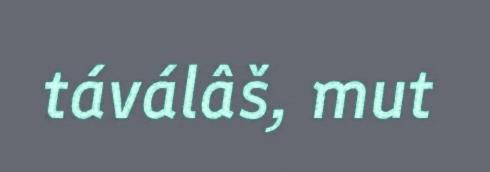
táválâš, mut